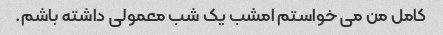
کامل من می خواستم امشب یک شب معمولی داشته باشم.